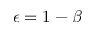
\epsilon = 1 - \beta